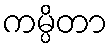
ကမ္ပိတာ